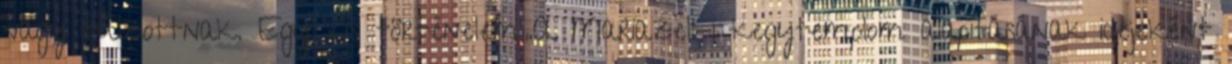
vagy túlzottnak. Egy kis történelem:„A Mariazell-i kegytemplom alapításának idejeként